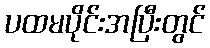
ပထမပိုင်းအပြီးတွင်